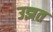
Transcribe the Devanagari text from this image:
उझत